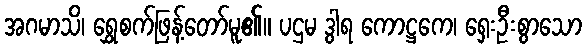
အဂမာသိ၊ ရွှေစက်ဖြန့်တော်မူ၏။ ပဌမ ဒွါရ ကောဋ္ဌကေ၊ ရှေးဦးစွာသော